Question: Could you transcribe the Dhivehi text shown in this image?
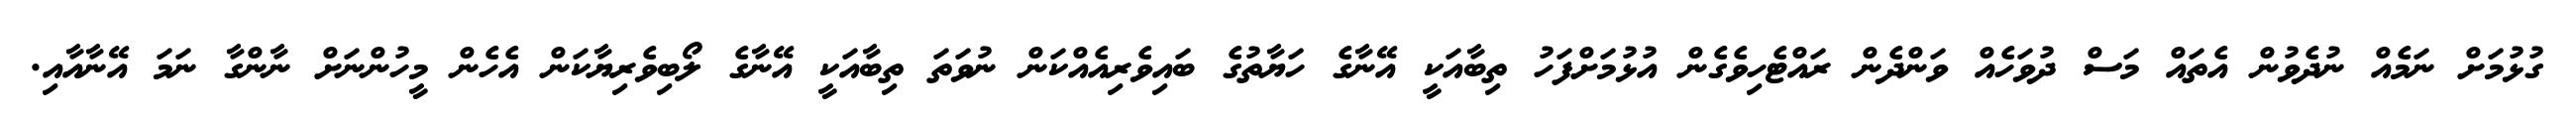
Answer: ގުޅުމަށް ނަމެއް ނުދެވުން އެތައް މަސް ދުވަހެއް ވަންދެން ރައްޓެހިވެގެން އުޅުމަށްފަހު ތިބާއަކީ އޭނާގެ ހަޔާތުގެ ބައިވެރިއެއްކަން ނުވަތަ ތިބާއަކީ އޭނާގެ ލޯބިވެރިޔާކަން އެހެން މީހުންނަށް ނާންގާ ނަމަ އޭނާއާއި.